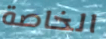
الخاصة